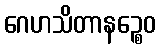
ဂေဟသိတာနဉ္စေဝ